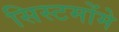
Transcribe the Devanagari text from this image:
सिस्टमोंमे